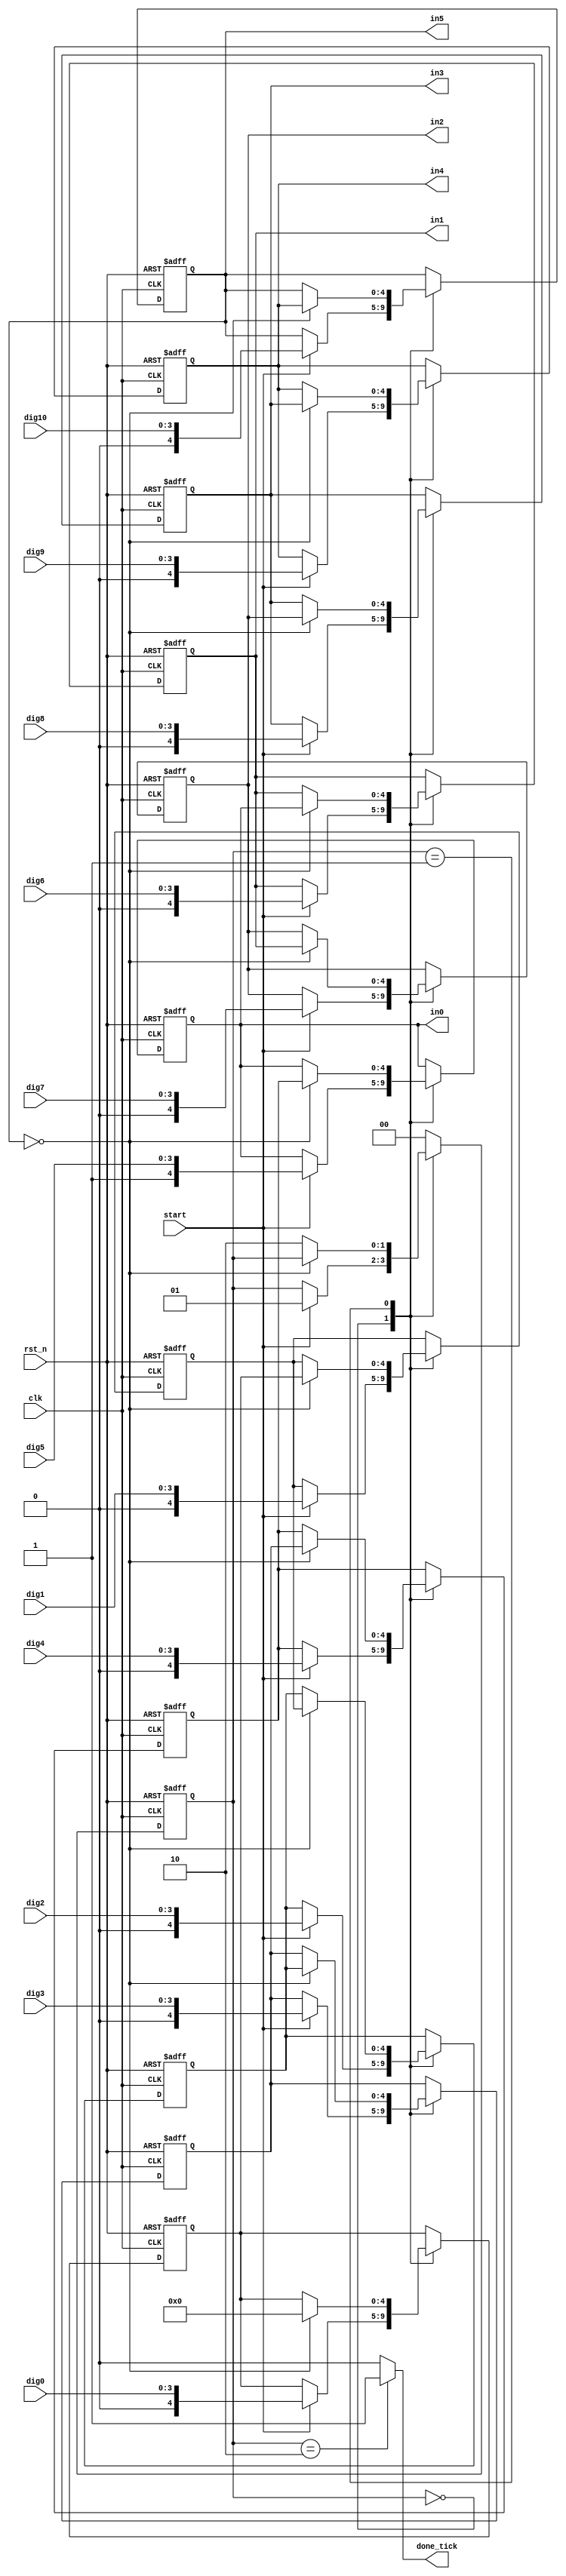
`timescale 1ns / 1ps

module adjust( //outputs the siz most significant bit with corresponding decimal
	input clk,rst_n,
	input start,
	input[3:0] dig0,dig1,dig2,dig3,dig4,dig5,dig6,dig7,dig8,dig9,dig10,
	output[4:0] in0,in1,in2,in3,in4,in5, //6 most significant digits 
	output reg done_tick
    );
	 //FSM state declarations
	 localparam[1:0] idle=2'd0,
							 op=2'd1,
							 done=2'd2;
	 reg[1:0] state_reg,state_nxt;
	 reg[4:0] dig0_reg,dig1_reg,dig2_reg,dig3_reg,dig4_reg,dig5_reg,dig6_reg,dig7_reg,dig8_reg,dig9_reg,dig10_reg;
	 reg[4:0] dig0_nxt,dig1_nxt,dig2_nxt,dig3_nxt,dig4_nxt,dig5_nxt,dig6_nxt,dig7_nxt,dig8_nxt,dig9_nxt,dig10_nxt;
	 //FSM register operations
	 always @(posedge clk,negedge rst_n) begin
		if(!rst_n) begin
			state_reg<=idle;
			dig0_reg<=0;
			dig1_reg<=0;
			dig2_reg<=0;
			dig3_reg<=0;
			dig4_reg<=0;
			dig5_reg<=0;
			dig6_reg<=0;
			dig7_reg<=0;
			dig8_reg<=0;
			dig9_reg<=0;
			dig10_reg<=0;
		end
		else begin
			state_reg<=state_nxt;
			dig0_reg<=dig0_nxt;
			dig1_reg<=dig1_nxt;
			dig2_reg<=dig2_nxt;
			dig3_reg<=dig3_nxt;
			dig4_reg<=dig4_nxt;
			dig5_reg<=dig5_nxt;
			dig6_reg<=dig6_nxt;
			dig7_reg<=dig7_nxt;
			dig8_reg<=dig8_nxt;
			dig9_reg<=dig9_nxt;
			dig10_reg<=dig10_nxt;
		end
	 end
	 //FSM next-state declarations
	 always @* begin
		state_nxt=state_reg;
		dig0_nxt=dig0_reg;
		dig1_nxt=dig1_reg;
		dig2_nxt=dig2_reg;
		dig3_nxt=dig3_reg;
		dig4_nxt=dig4_reg;
		dig5_nxt=dig5_reg;
		dig6_nxt=dig6_reg;
		dig7_nxt=dig7_reg;
		dig8_nxt=dig8_reg;
		dig9_nxt=dig9_reg;
		dig10_nxt=dig10_reg;
		done_tick=0;
		case(state_reg) 
			   idle: if(start) begin
							dig0_nxt={1'b0,dig0};
							dig1_nxt={1'b0,dig1};
							dig2_nxt={1'b0,dig2};
							dig3_nxt={1'b0,dig3};
							dig4_nxt={1'b0,dig4};
							dig5_nxt={1'b1,dig5};//decimal digit before the last 5 digits
							dig6_nxt={1'b0,dig6};
							dig7_nxt={1'b0,dig7};
							dig8_nxt={1'b0,dig8};
							dig9_nxt={1'b0,dig9};
							dig10_nxt={1'b0,dig10};
							state_nxt=op;
						end
			     op: begin
							if(dig10_nxt==0) begin
								{dig0_nxt,dig1_nxt,dig2_nxt,dig3_nxt,dig4_nxt,dig5_nxt,dig6_nxt,dig7_nxt,dig8_nxt,dig9_nxt,dig10_nxt}=
									{dig0_nxt,dig1_nxt,dig2_nxt,dig3_nxt,dig4_nxt,dig5_nxt,dig6_nxt,dig7_nxt,dig8_nxt,dig9_nxt,dig10_nxt}>>5;
							end
							else state_nxt=done;
						end
			   done: begin
							done_tick=1;
							state_nxt=idle;
						end
			default: state_nxt=idle;
		endcase
		
	 end
	 assign in5=dig10_reg,
				in4=dig9_reg,
				in3=dig8_reg,
				in2=dig7_reg,
				in1=dig6_reg,
				in0=dig5_reg;
	 
	 


endmodule